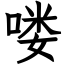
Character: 喽